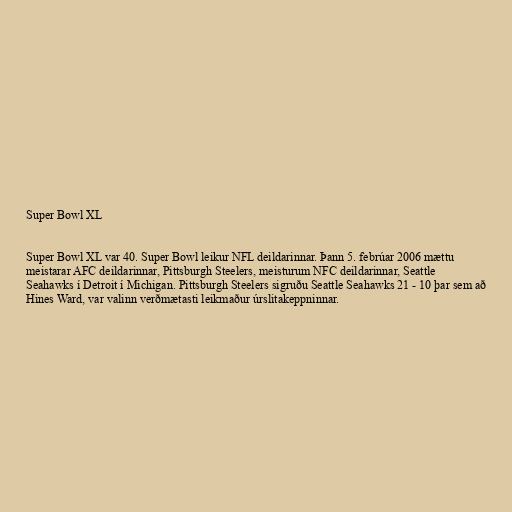
Super Bowl XL

Super Bowl XL var 40. Super Bowl leikur NFL deildarinnar. Þann 5. febrúar 2006 mættu
meistarar AFC deildarinnar, Pittsburgh Steelers, meisturum NFC deildarinnar, Seattle
Seahawks í Detroit í Michigan. Pittsburgh Steelers sigruðu Seattle Seahawks 21 - 10 þar sem að
Hines Ward, var valinn verðmætasti leikmaður úrslitakeppninnar.